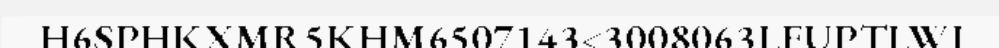
H6SPHKXMR5KHM6507143<3008063LFUPTLWI